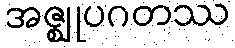
အဇ္ဈုပဂတဿ